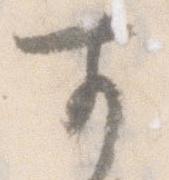
前